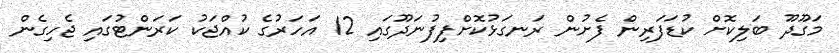
މަގޫދޫ ބަލިކޮށް ކުޑަފަރިން ފެށުން ރަނގަޅުކޮށްފިފުނަދޫގައި 12 އަހަރުގެ ކުއްޖަކު ކަރަންޓުގައި ޖެހިގެން